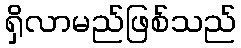
ရှိလာမည်ဖြစ်သည်